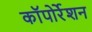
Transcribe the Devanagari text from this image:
काॅपोर्रेशन